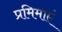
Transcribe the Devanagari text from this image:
प्रमिमाएं